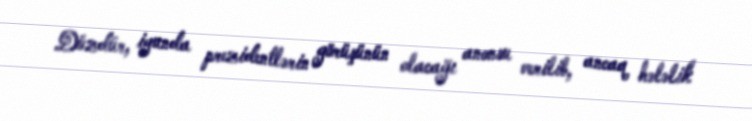
Düzdür, iyunda prezidentlərin görüşünün olacağı anonsu verilib, ancaq hələlik